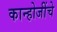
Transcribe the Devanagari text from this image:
कान्होजींचे